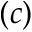
( c )